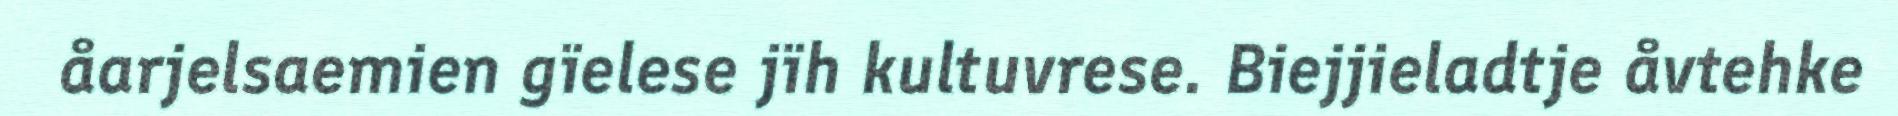
åarjelsaemien gïelese jïh kultuvrese. Biejjieladtje åvtehke